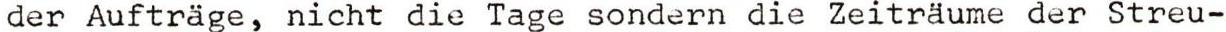
der Aufträge, nicht die Tage sondern die Zeiträume der Streu-